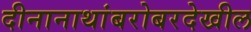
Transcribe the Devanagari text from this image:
दीनानाथांबरोबरदेखील